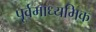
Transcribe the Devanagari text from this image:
पूर्वमाध्यमिक